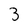
Character: 3